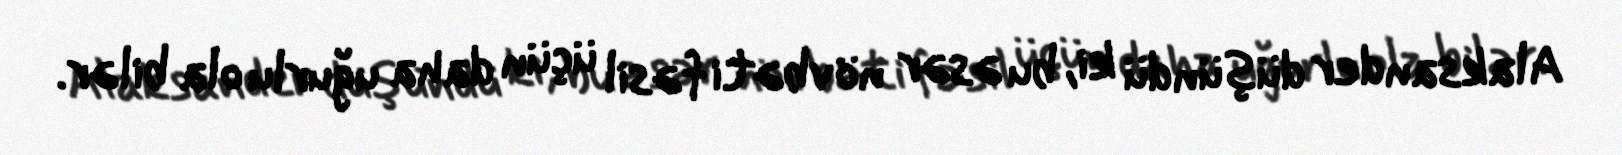
Alaksander düşündü ki, bu əsər növbəti fəsil üçün daha uğurlu ola bilər.